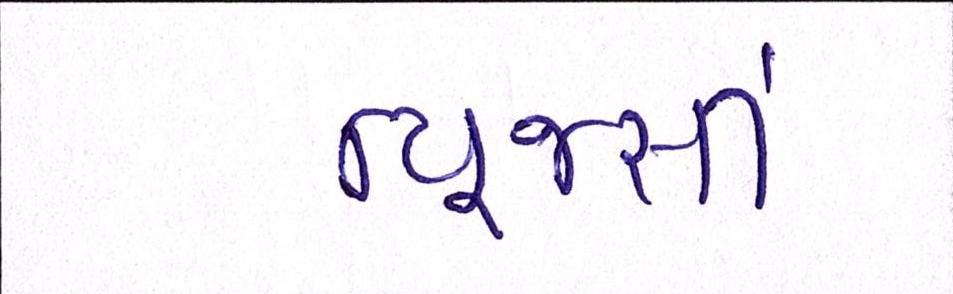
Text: ન્યૂજર્સી